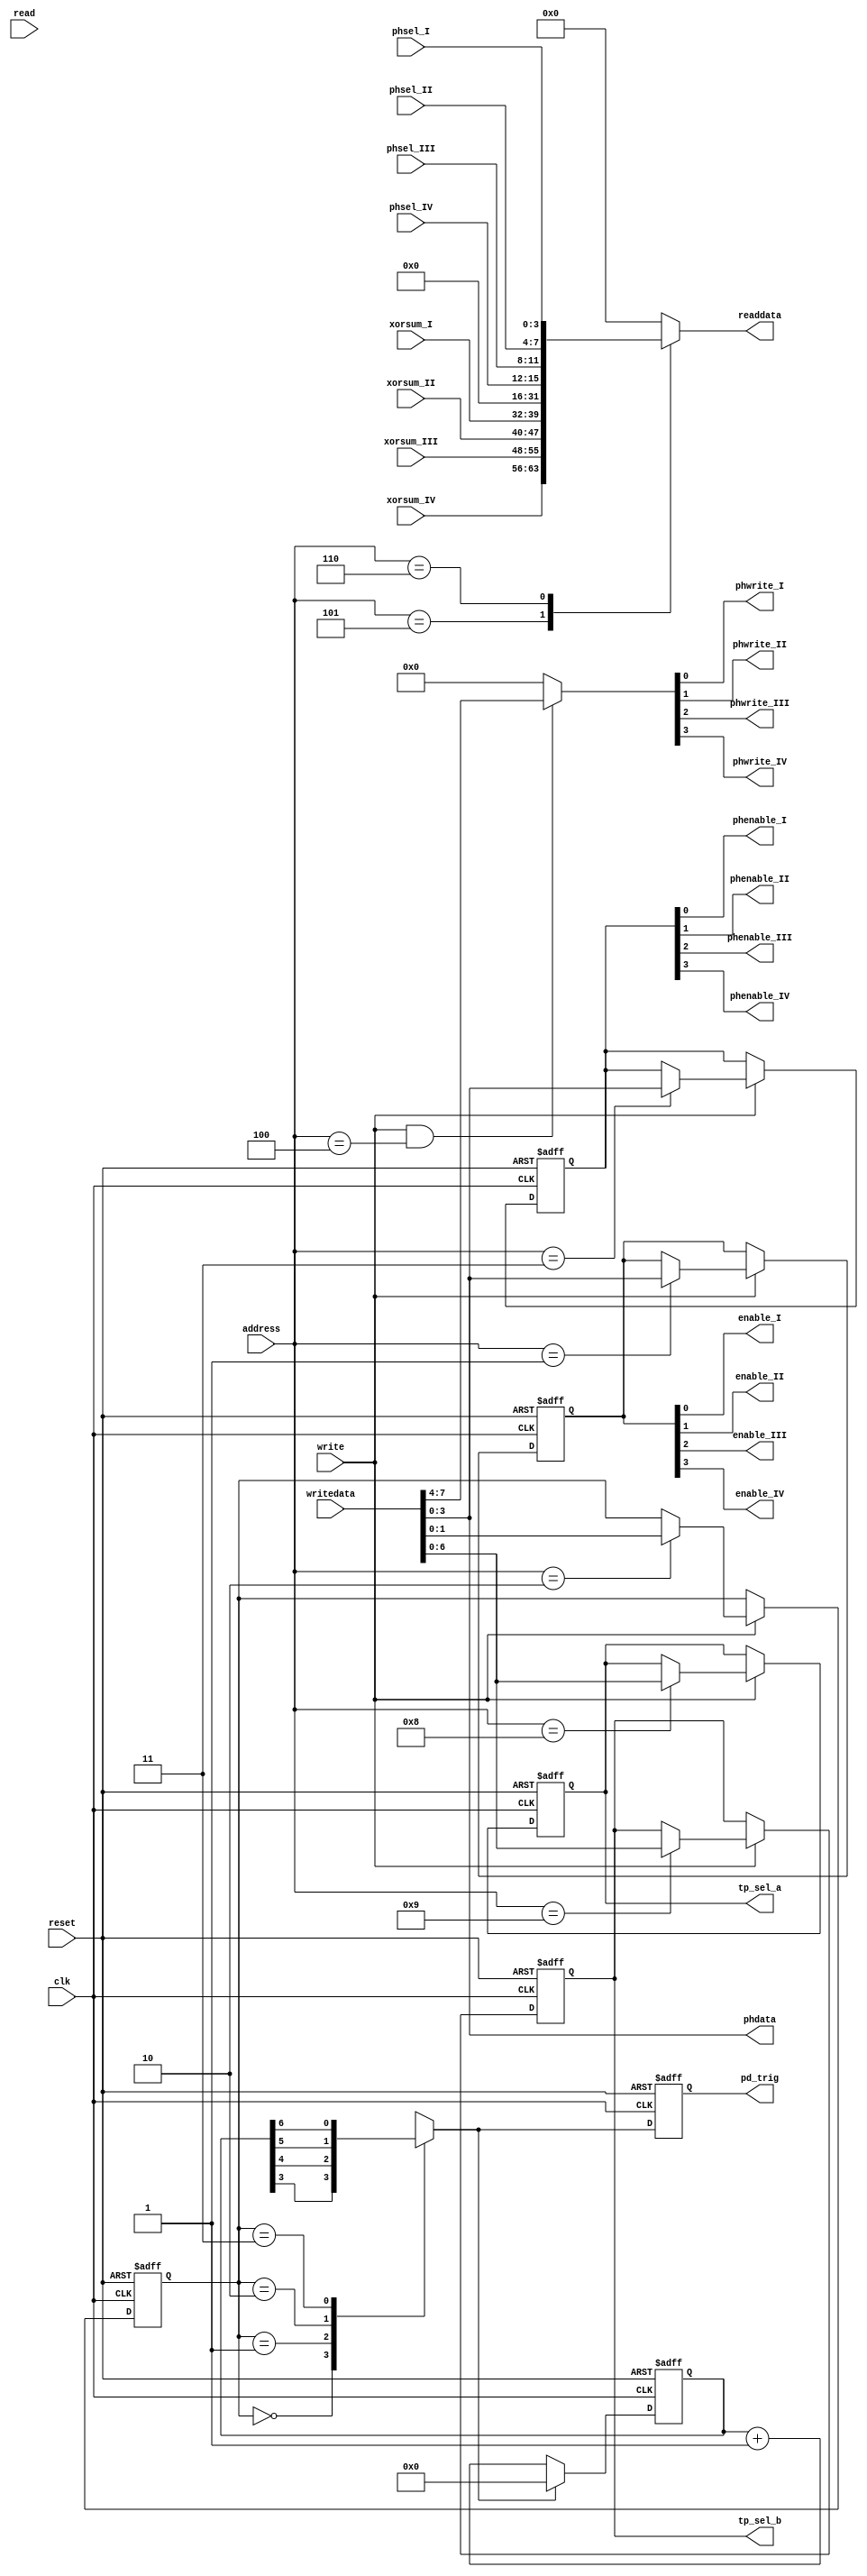
module deser400_ctrl
(
	input clk,
	input reset,

	input read,
	input write,
	input [3:0]address,
	input [31:0]writedata,
	output reg [31:0]readdata,

	output enable_I,
	output enable_II,
	output enable_III,
	output enable_IV,
	
	output phwrite_I,
	output phwrite_II,
	output phwrite_III,
	output phwrite_IV,
	output [3:0]phdata,
	
	output phenable_I,
	output phenable_II,
	output phenable_III,
	output phenable_IV,
	
	input [7:0]xorsum_I,
	input [7:0]xorsum_II,
	input [7:0]xorsum_III,
	input [7:0]xorsum_IV,

	input [3:0]phsel_I,
	input [3:0]phsel_II,
	input [3:0]phsel_III,
	input [3:0]phsel_IV,
	
	output reg [6:0]tp_sel_a,
	output reg [6:0]tp_sel_b,
	
	output reg pd_trig
);

	reg [1:0]pd_period;
	reg [3:0]deser_enable;  // deser IV..I enable
	reg [3:0]phenable;  // phase detector enable

	assign enable_I   = deser_enable[0];
	assign enable_II  = deser_enable[1];
	assign enable_III = deser_enable[2];
	assign enable_IV  = deser_enable[3];

	assign phenable_I   = phenable[0];
	assign phenable_II  = phenable[1];
	assign phenable_III = phenable[2];
	assign phenable_IV  = phenable[3];

	always @(posedge clk or posedge reset)
	begin
		if (reset)
		begin
			deser_enable <= 0;
			pd_period    <= 2'd1;
			phenable <= 0;
			tp_sel_a <= 0;
			tp_sel_b <= 0;
		end
		else if (write)
		begin
			case (address) 
			 4'd1: deser_enable <= writedata[3:0];
			 4'd2: pd_period    <= writedata[1:0];
			 4'd3: phenable     <= writedata[3:0];
			 4'd8: tp_sel_a     <= writedata[6:0];
			 4'd9: tp_sel_b     <= writedata[6:0];
			endcase
		end
	end

	reg [3:0]phwrite;
	always @(*)
	begin
		if (write && address == 4'd4)
			phwrite <= writedata[7:4];
		else
			phwrite <= 4'b0000;
	end
	
	assign phwrite_I   = phwrite[0];
	assign phwrite_II  = phwrite[1];
	assign phwrite_III = phwrite[2];
	assign phwrite_IV  = phwrite[3];
	
	assign phdata = writedata[3:0];


	always @(*)
	begin
		case (address)
			4'd5: readdata <= {xorsum_IV, xorsum_III, xorsum_II, xorsum_I};
			4'd6: readdata <= {16'd0, phsel_IV, phsel_III, phsel_II, phsel_I};
			default: readdata <= 32'd0;
		endcase
	end


	// --- phase detector trigger ---------------------------------------------
	reg [6:0]cnt;
	reg carry;

	always @(*)
	begin
		case (pd_period)
			2'd0: carry <= cnt[3]; // 112.5 ns /  75 ns
			2'd1: carry <= cnt[4]; // 212.5 ns / 175 ns
			2'd2: carry <= cnt[5]; // 412.5 ns / 375 ns
			2'd3: carry <= cnt[6]; // 812.5 ns / 775 ns
		endcase
	end

	always @(posedge clk or posedge reset)
	begin
		if (reset)
		begin
			cnt   <= 0;
			pd_trig <= 0;
		end
		else
		begin
			cnt <= carry ? 5'd0 : cnt + 5'd1;
			pd_trig <= carry;
		end
	end

endmodule